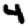
Digit: 4